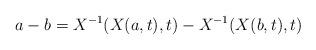
LaTeX: \begin{align*}a-b = X^{-1}(X(a,t),t) - X^{-1}(X(b,t),t)\end{align*}